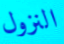
النزول